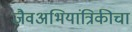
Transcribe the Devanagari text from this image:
जैवअभियांत्रिकीचा